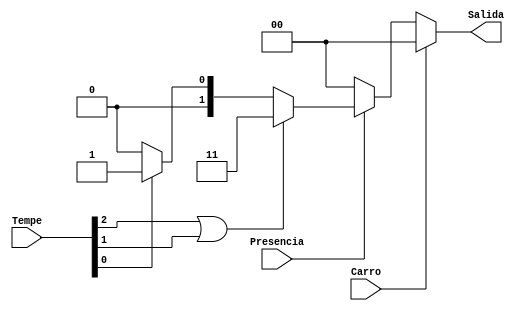
`timescale 1ns / 1ps
//////////////////////////////////////////////////////////////////////////////////
// Company: 
// 
// Design Name: 
// Module Name:    Modulo_Logica 
// Project Name: 
// Target Devices: 
// Tool versions: 
// Description: 
//
// Dependencies: 
//
// Revision: 
// Revision 0.01 - File Created
// Additional Comments: 
//
//////////////////////////////////////////////////////////////////////////////////
//Bloque de la lgica entrada-salida de desarrollo del sistema de alerta y prevencin
module Modulo_Logica(
    input wire[4:2] Tempe,
    input wire Carro,
    input wire Presencia,
    output wire [1:0] Salida
    );
	 reg [1:0] C_S;
	 
	//body 
	always @ *      //se revisan todas las entradas
		if (Carro)     // revisa la variable carro, apaga el sistema si este esta encendido
			C_S = 2'B00;
		else if (!Presencia)  // revisa presencia, si es 0, apaga el sistema
			C_S=2'B00;
		else if(Tempe[4] | Tempe[3])  //revisa los bits mas significativos=>temperaturas peligrosas
			C_S = 2'B11;
		else if(Tempe[2])          //valida si encender alarma, con temperatura intermedia
			C_S = 2'B01;
		else 
			C_S = 2'B00;
		
	assign Salida = C_S; //conecta a la salida la seal
endmodule